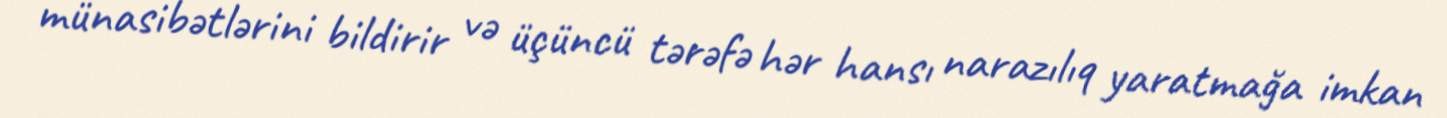
münasibətlərini bildirir və üçüncü tərəfə hər hansı narazılıq yaratmağa imkan